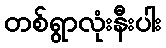
တစ်ရွာလုံးနီးပါး